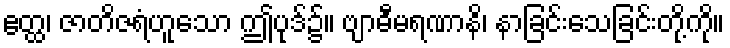
ဧတ္ထ၊ ဇာတိဇရံဟူသော ဤပုဒ်၌။ ဗျာဓီမရဏာနိ၊ နာခြင်းသေခြင်းတို့ကို။